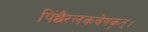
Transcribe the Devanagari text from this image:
पिंछैरलकवेषकृत्‌।